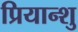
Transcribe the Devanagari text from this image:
प्रियान्शु